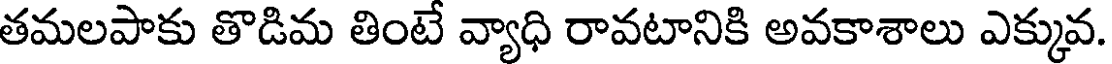
తమలపాకు తొడిమ తింటే వ్యాధి రావటానికి అవకాశాలు ఎక్కువ.